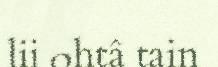
lii ohtâ tain